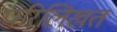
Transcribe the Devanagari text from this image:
परिलिखत